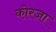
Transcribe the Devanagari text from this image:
कोरजा